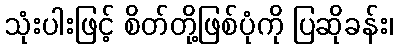
သုံးပါးဖြင့် စိတ်တို့ဖြစ်ပုံကို ပြဆိုခန်း၊